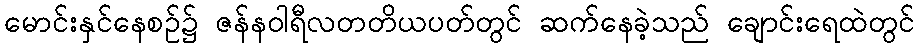
မောင်းနှင်နေစဉ်၌ ဇန်နဝါရီလတတိယပတ်တွင် ဆက်နေခဲ့သည် ချောင်းရေထဲတွင်